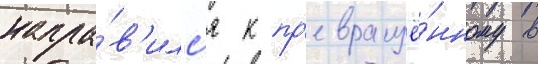
напра́в'илс'я к пр'евращё́нному в